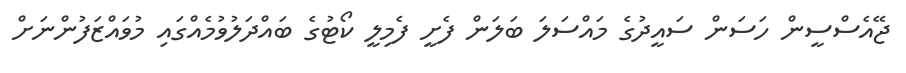
ޖޭއެސްސީން ހަސަން ސައީދުގެ މައްސަލަ ބަލަން ފެށީ ފެމިލީ ކޯޓުގެ ބައްދަލުވުމެއްގައި މުވައްޒަފުންނަށް